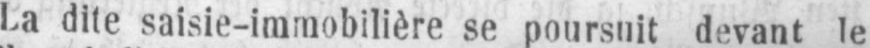
La dite saisie-immobilière se poursuit devant le